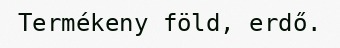
Termékeny föld, erdő.